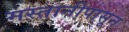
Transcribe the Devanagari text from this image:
मस्तानीपासून